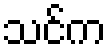
သင်က